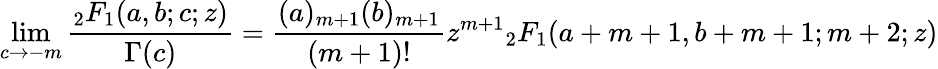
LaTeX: \operatorname*{lim}_{c\to-m}{\frac{{}_{2}F_{1}(a,b;c;z)}{\Gamma(c)}}={\frac{(a)_{m+1}(b)_{m+1}}{(m+1)!}}z^{m+1}{}_{2}F_{1}(a+m+1,b+m+1;m+2;z)